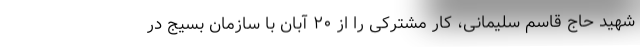
شهید حاج قاسم سلیمانی، کار مشترکی را از ۲۰ آبان با سازمان بسیج در